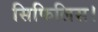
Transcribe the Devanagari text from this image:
सिफिलिस।